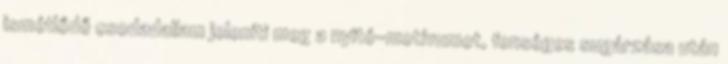
ismétlődő csodadallam jeleníti meg a nyitó-motívumot, fenséges sugárzása után